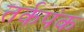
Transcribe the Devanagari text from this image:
तर्कपंक